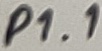
Text: P1.1